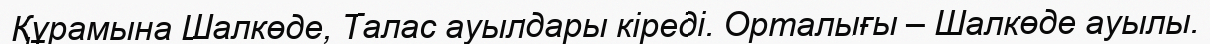
Құрамына Шалкөде, Талас ауылдары кіреді. Орталығы – Шалкөде ауылы.